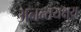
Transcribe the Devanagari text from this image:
अनन्तयक्षुय